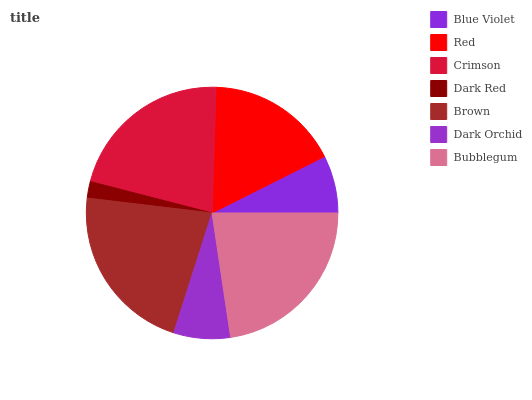
| Blue Violet | Red | Crimson | Dark Red | Brown | Dark Orchid | Bubblegum |
 | --- | --- | --- | --- | --- | --- | --- |
 | 7.42% | 17% | 21.5% | 2.13% | 22% | 7.28% | 22.6% |